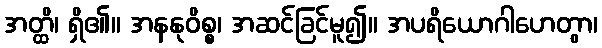
အတ္ထိ၊ ရှိ၏။ အနနုဝိစ္စ၊ အဆင်ခြင်မူ၍။ အပရိယောဂါဟေတွာ၊